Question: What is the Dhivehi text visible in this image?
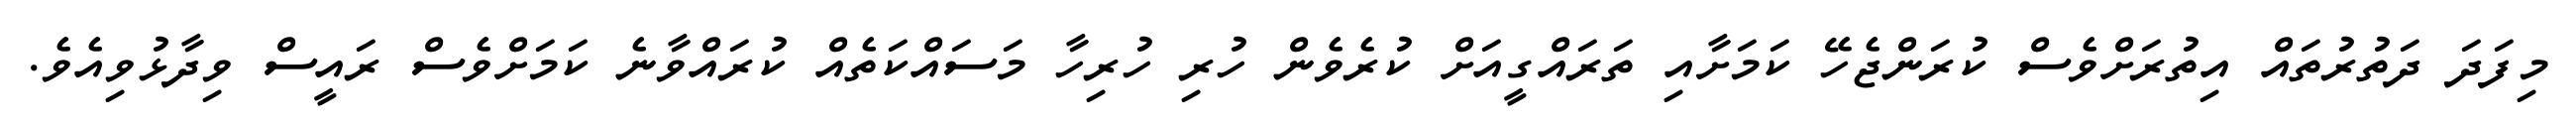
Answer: މިފަދަ ދަތުރުތައް އިތުރަށްވެސް ކުރަންޖެހޭ ކަމަށާއި ތަރައްގީއަށް ކުރެވެން ހުރި ހުރިހާ މަސައްކަތެއް ކުރައްވާނެ ކަމަށްވެސް ރައީސް ވިދާޅުވިއެވެ.